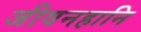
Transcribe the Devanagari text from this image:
जीवनहानि